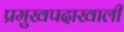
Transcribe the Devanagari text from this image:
प्रमुखपदाखाली